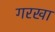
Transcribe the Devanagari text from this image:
गरखा